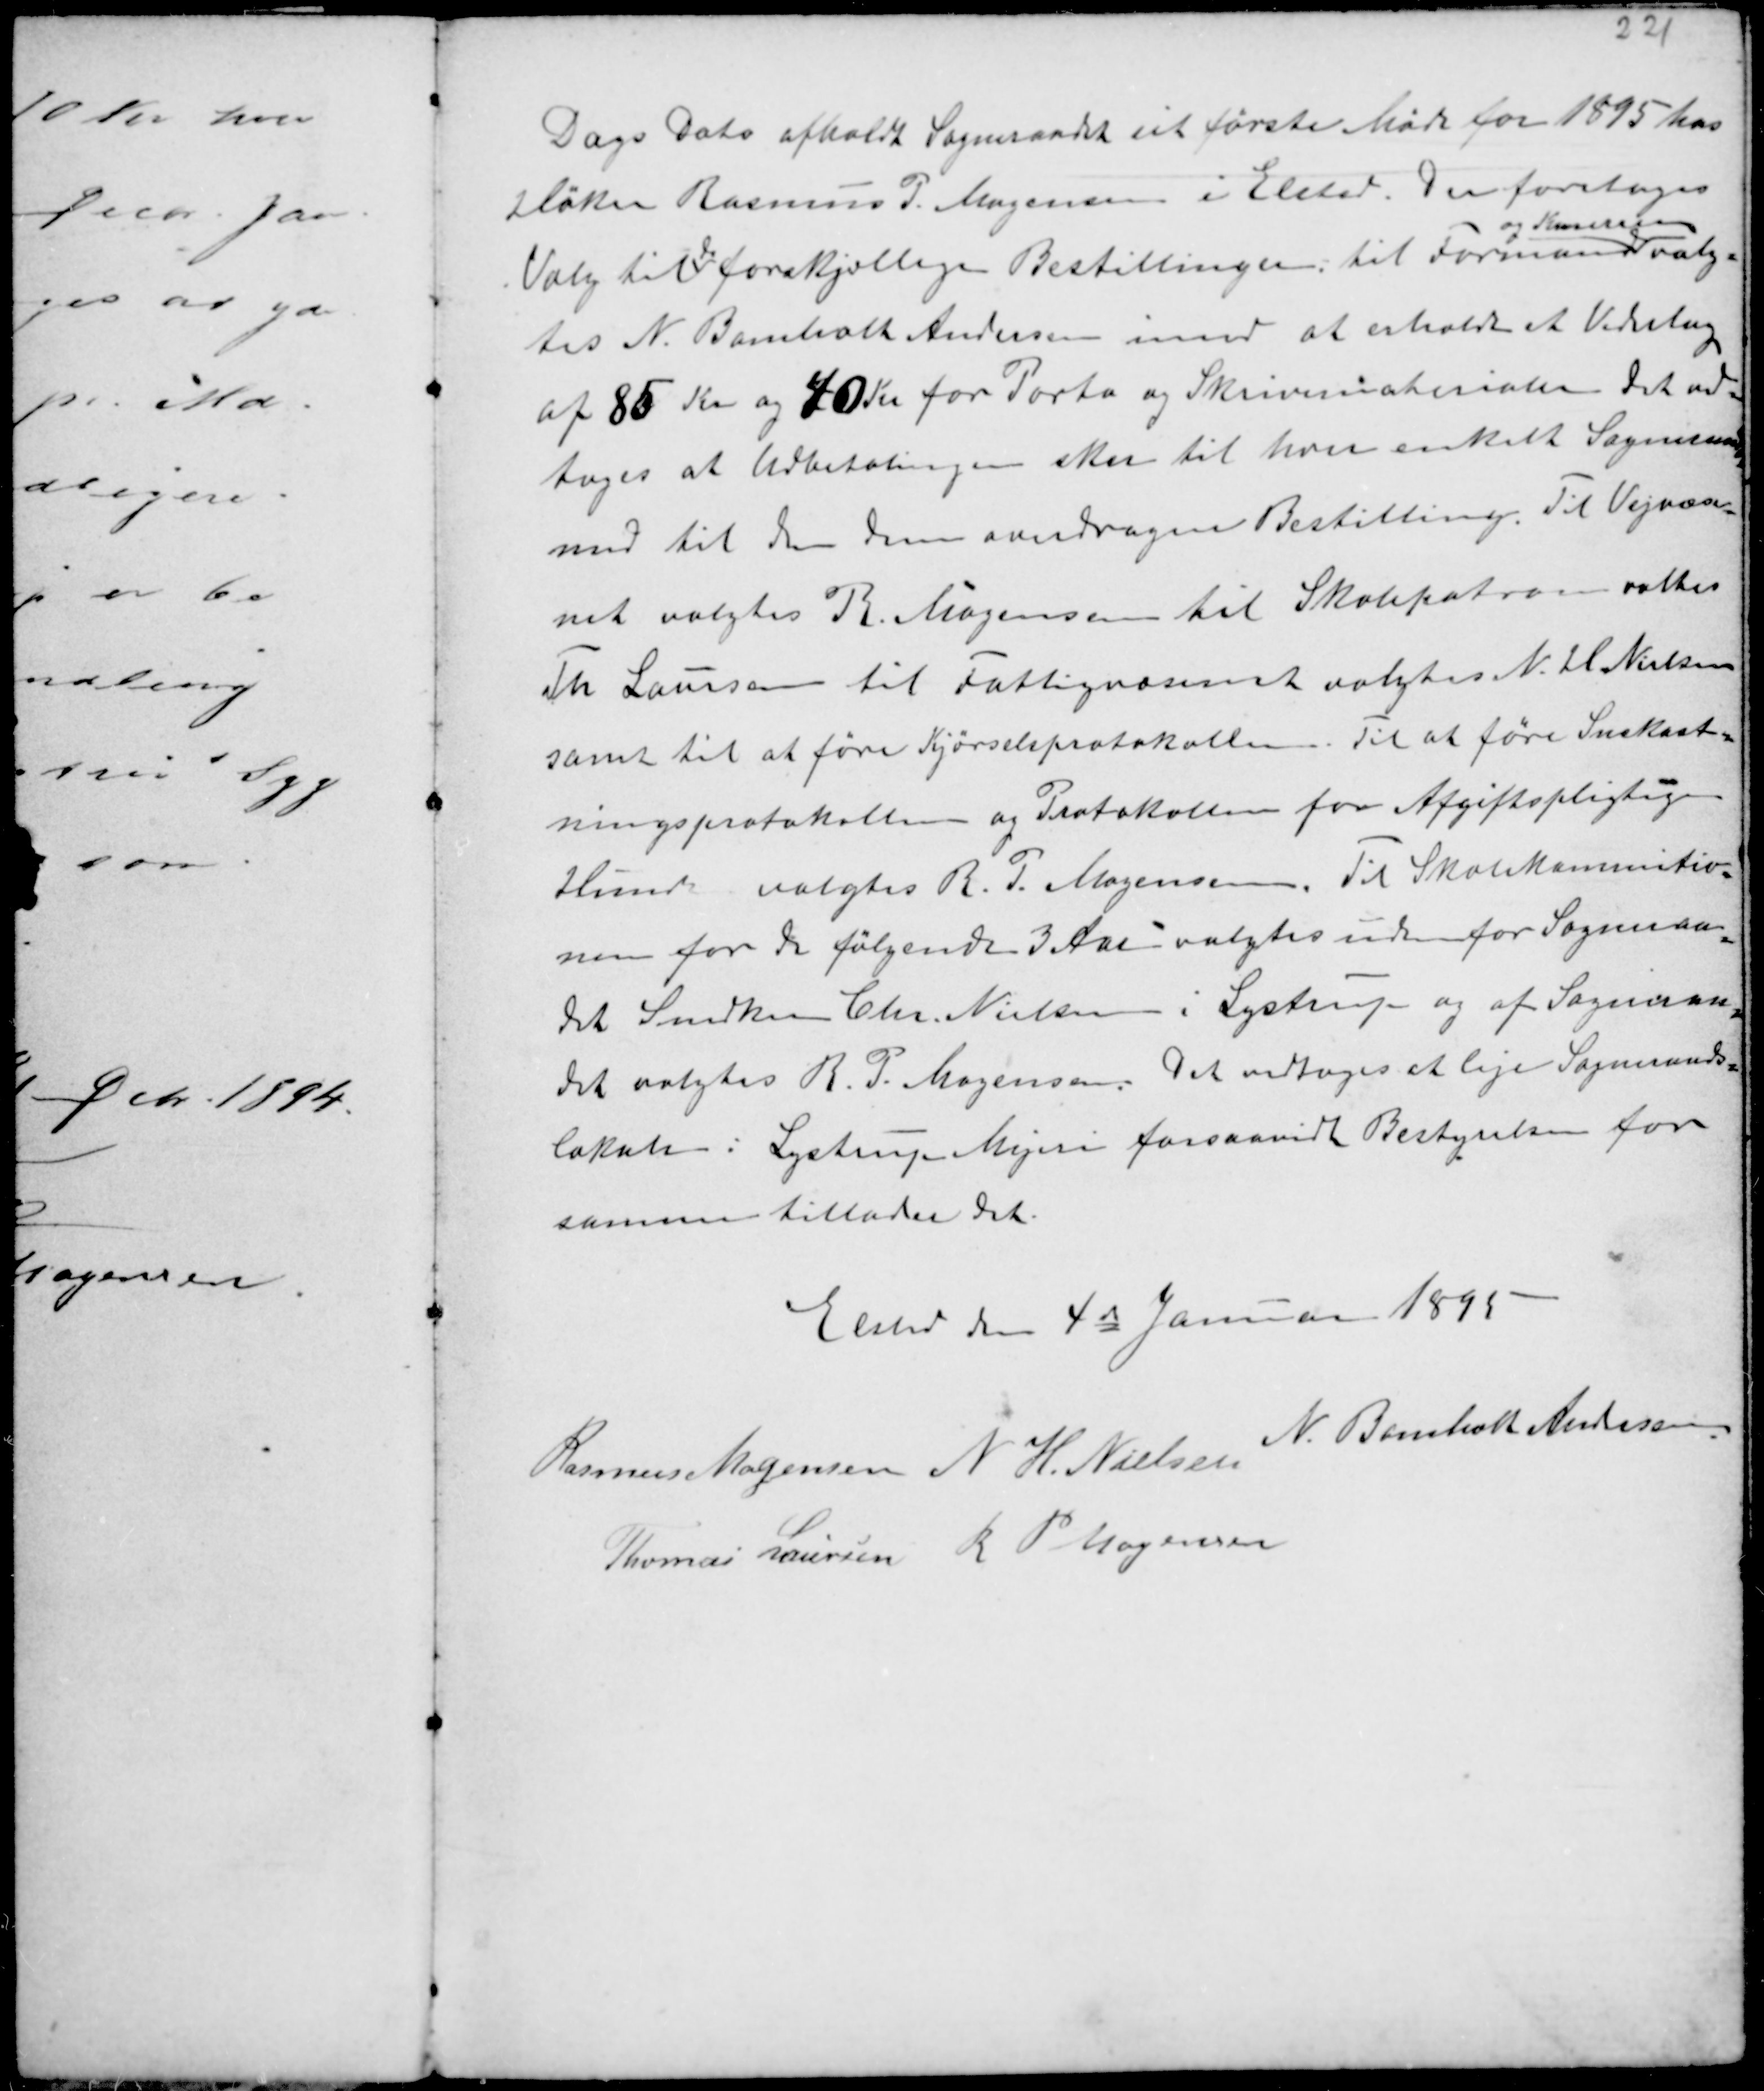
Transskription:
Dags Dato afholdt Sogneraadet sit første Møde for 1895 hos
Høker Rasmus P. Mogensen i Elsted. Der foretoges
Valg til
de
forskellige Bestillinger: til Formand
og Kasserer
valg-
tes N. Bomholt Andersen imod at erholde et Vederlag
af 85 Kr og 40 Kr for Porto og Skrivematerialer. Det ved-
toges at Udbetalingen sker til hver enkelt Sogneraadsmedlem
med til den dem overdragen Bestilling. Til Vejvæsen-
net valgtes R Mogensen til Skolepatron valtes
Th Laursen til Fattigvæsenet valgtes N. H Nielsen
samt til at føre Kjørselsprotokollen. Til at føre Snekast-
ningsprotokollen og Protokollen for Afgiftspligtige
Hunde valgtes R. P. Mogensen. Til Skolekommitio-
nen for de følgende 3 Aar valgtes uden for Sogneraa-
det Snedker Chr. Nielsen i Lystrup og af Sogneraa-
det valgtes R. P. Mogensen. Det vedtoges at leje Sogneraads-
lokale i Lystrup Mejeri forsaavidt Bestyrelsen for
samme tillader det.

Elsted den 4de Januar 1895
Rasmus Mogensen N H. Nielsen
N. Bomholt Andersen
Thomas Laursen R P Mogensen